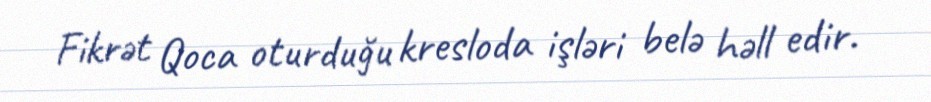
Fikrət Qoca oturduğu kresloda işləri belə həll edir.